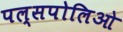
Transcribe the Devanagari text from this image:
पल्सपोलिओ